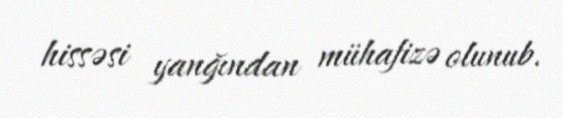
hissəsi yanğından mühafizə olunub.